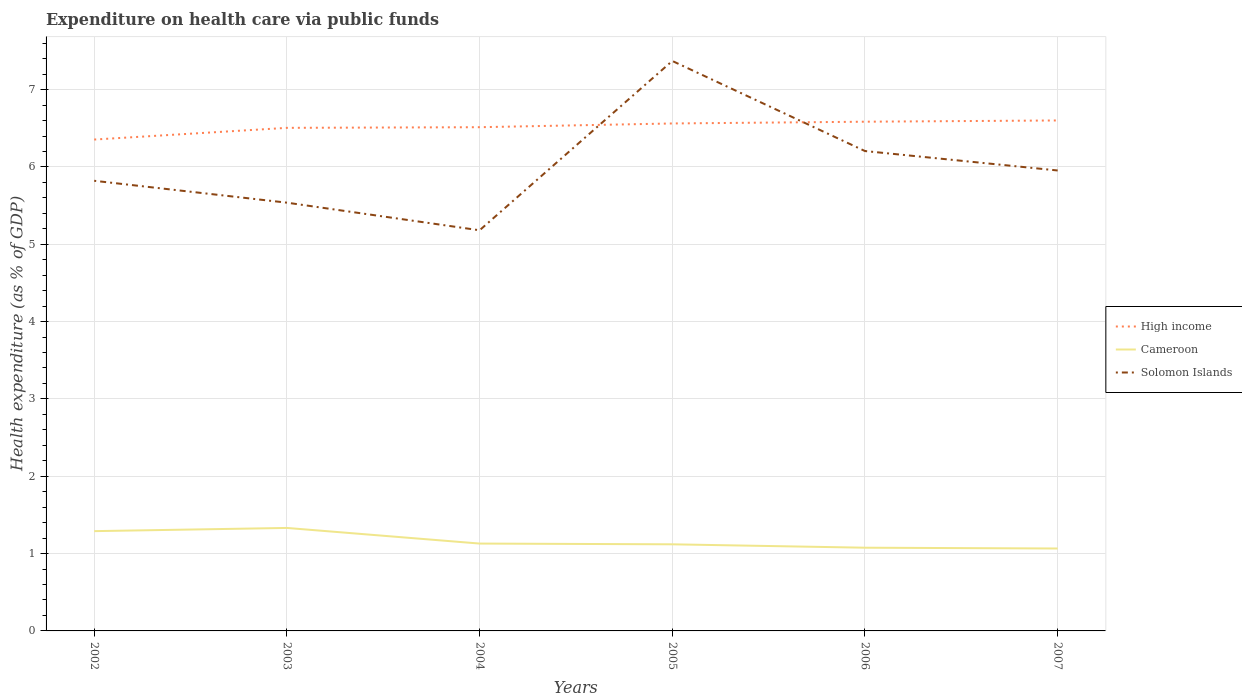
| Years | High income | Cameroon | Solomon Islands |
 | --- | --- | --- | --- |
 | 2002 | 6.35 | 1.29 | 5.82 |
 | 2003 | 6.51 | 1.33 | 5.54 |
 | 2004 | 6.51 | 1.13 | 5.18 |
 | 2005 | 6.56 | 1.12 | 7.37 |
 | 2006 | 6.58 | 1.08 | 6.21 |
 | 2007 | 6.6 | 1.07 | 5.95 |